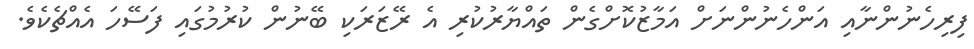
ފިރިހެނުންނާއި އަންހެނުންނަށް އަމާޒުކޮށްގެން ތައްޔާރުކުރި އެ ރޭޒަރަކި ބޭނުން ކުރުމުގައި ފަސޭހަ އެއްޗެކެވެ.